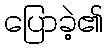
ပြောခဲ့၏